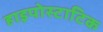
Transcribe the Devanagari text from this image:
हाइपोस्टाटिक